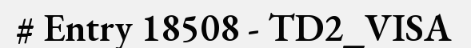
# Entry 18508 - TD2_VISA